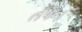
તપન